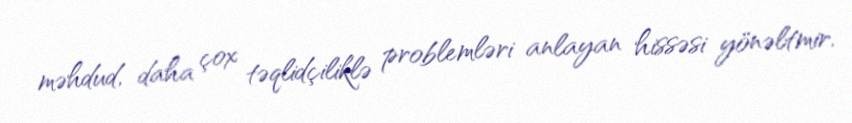
məhdud, daha çox təqlidçiliklə problemləri anlayan hissəsi yönəltmir.